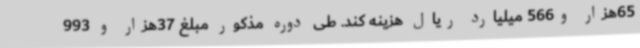
65هزار و566 میلیارد ریال هزینه کند. طی دوره مذکور مبلغ 37هزار و 993